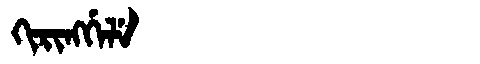
Manchu: ᡴᡳᡵᡳᠩᡤᡝᠯᡝ
Romanization: KIRINGGELE